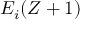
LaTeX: E _ { i } ( Z + 1 )